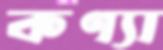
কণ্যা